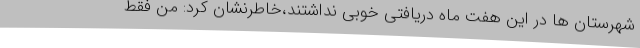
شهرستان ها در این هفت ماه دریافتی خوبی نداشتند،خاطرنشان کرد: من فقط